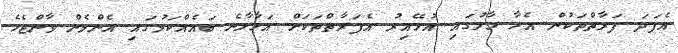
އެފަދަ ފަރާތްތަކުން އެހާ ހާލުގައި އުޅޭއިރު އެފަރާތްތަކަށް އަޅާލާނެ ބައެއްކަމުގައި އެންމެން ވާންޖެހެ